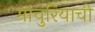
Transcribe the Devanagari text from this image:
मांचुरियाची